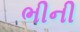
ભીની